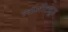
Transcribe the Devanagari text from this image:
लॉगीट्यूड